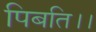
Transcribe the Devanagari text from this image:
पिबति।।